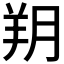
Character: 𦍤